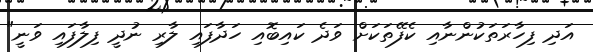
އަދި ފިހާރަތަކުންނާއި ކެފޭތަކަށް ވަދެ ކައިބޮއި ހަދާފައި ލާރި ނުދީ ފިލާފައި ވަނީ"